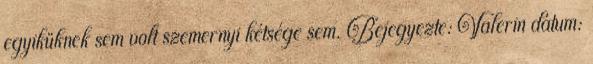
egyiküknek sem volt szemernyi kétsége sem. Bejegyezte: Valerin dátum: